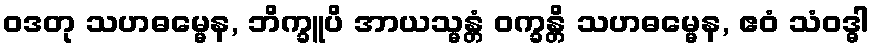
ဝဒတု သဟဓမ္မေန, ဘိက္ခူပိ အာယသ္မန္တံ ဝက္ခန္တိ သဟဓမ္မေန, ဧဝံ သံဝဒ္ဓါ